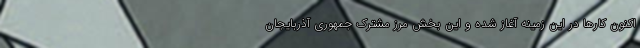
اکنون کارها در این زمینه آغاز شده و این بخش مرز مشترک جمهوری آذربایجان